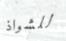
للشواذ